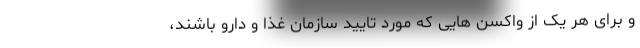
و برای هر یک از واکسن هایی که مورد تایید سازمان غذا و دارو باشند،